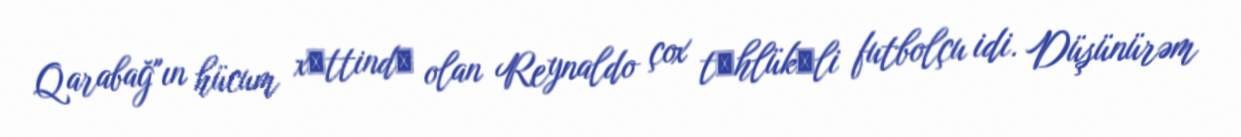
Qarabağ"ın hücum xәttindә olan Reynaldo çox tәhlükәli futbolçu idi. Düşünürəm